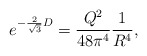
\begin{align*}e^{ - {2 \over \sqrt 3} D }= { Q^2 \over 48 \pi^4} {1 \over R^4},\end{align*}